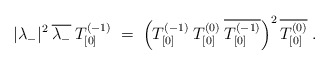
\begin{align*}|\lambda_-|^2\:\overline{\lambda_-}\: T^{(-1)}_{[0]} \;=\;\left( T^{(-1)}_{[0]}\: T^{(0)}_{[0]}\: \overline{T^{(-1)}_{[0]}}\right)^2\overline{T^{(0)}_{[0]}}\;. \end{align*}